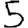
Digit: 5